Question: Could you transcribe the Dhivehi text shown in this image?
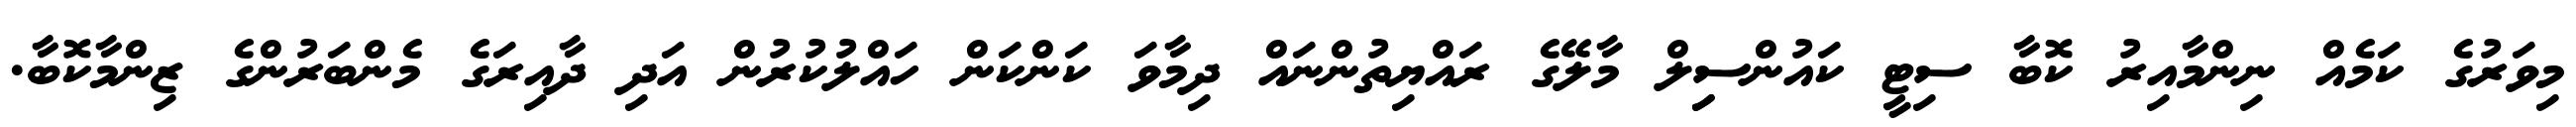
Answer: މިވަރުގެ ކަމެއް ނިންމާއިރު ކޮބާ ސިޓީ ކައުންސިިލް މާލޭގެ ރައްޔިތުންނައް ދިމާވަ ކަންކަން ހައްލުކުރުން އަދި ދާއިރަގެ މެންބަރުންގެ ޒިންމާކޮބާ.